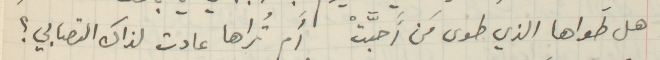
هل طَواها الذي طوى مَن أَحبَّتْ أَم تُراها عادت لذاك التصابي ؟